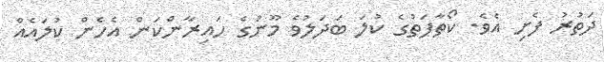
ދަތުރު ފެށި އެވެ. ކޯތާފަތުގެ ކުލަ ބަދަލުވެ މޫނުގެ ހައިރާންކަން އެހެން ކުލައެއް